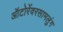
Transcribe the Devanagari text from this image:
ऑटोरेंवरसामलुंग